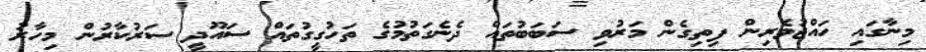
މިނާގައި ހައްޖުވެރިން ފިތިގެން މަރުވި ސަބަބުތައް ދެނެގަތުމުގެ ތަހުގީގުތައް ސައޫދީ ސަރުކާރުން މިހާރު